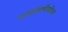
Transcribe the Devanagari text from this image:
धनसंपत्तीसोबत